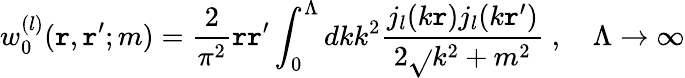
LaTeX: w_{0}^{(l)}(\mathtt{r},\mathtt{r}^{\prime};m)=\frac{2}{{\pi^{2}}}\mathtt{r}\mathtt{r}^{\prime}\int_{0}^{\Lambda}dkk^{2}\frac{{j_{l}(k\mathtt{r})j_{l}(k\mathtt{r}^{\prime})}}{{2\sqrt{}{{k^{2}+m^{2}}}}}\; ,\quad\Lambda\to\infty